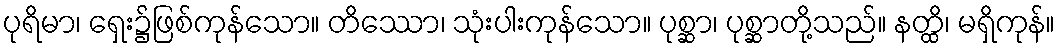
ပုရိမာ၊ ရှေး၌ဖြစ်ကုန်သော။ တိဿော၊ သုံးပါးကုန်သော။ ပုစ္ဆာ၊ ပုစ္ဆာတို့သည်။ နတ္ထိ၊ မရှိကုန်။